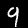
Digit: 9